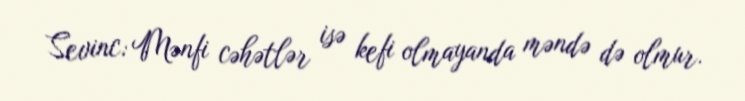
Sevinc: Mənfi cəhətlər isə kefi olmayanda məndə də olmur.